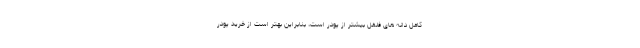
کامل دانه های فلفل بیشتر از پودر است، بنابراین بهتر است از خرید پودر